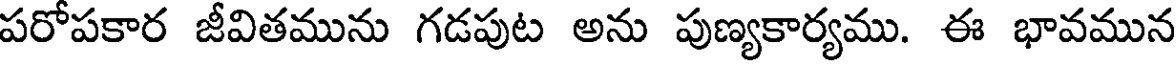
పరోపకార జీవితమును గడపుట అను పుణ్యకార్యము. ఈ భావమున